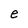
Character: e